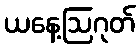
ယနေ့ဩဂုတ်